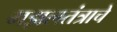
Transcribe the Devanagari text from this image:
गझलतंत्राचे